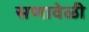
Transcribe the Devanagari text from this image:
सणावेळी